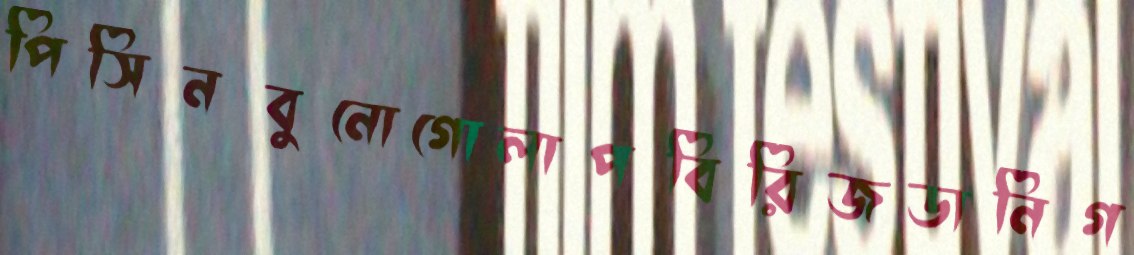
পিসিনবুনোগোলাপবিরিজডানিগ